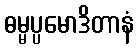
ဓမ္မပ္ပမောဒိတာနံ